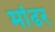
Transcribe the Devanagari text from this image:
मांढर